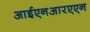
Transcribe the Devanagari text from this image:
आईएनआरएएन